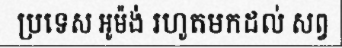
ប្រទេស អូម៉ង់ រហូតមកដល់ សព្វ